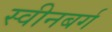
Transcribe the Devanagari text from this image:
स्वीनबर्ग